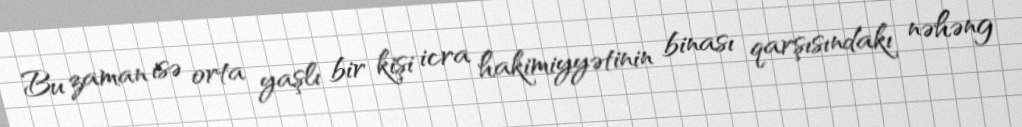
Bu zaman isə orta yaşlı bir kişi icra hakimiyyətinin binası qarşısındakı nəhəng